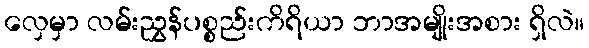
လှေမှာ လမ်းညွှန်ပစ္စည်းကိရိယာ ဘာအမျိုးအစား ရှိလဲ။